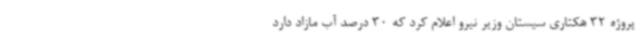
پروژه 32 هکتاری سیستان وزیر نیرو اعلام کرد که 30 درصد آب مازاد دارد